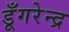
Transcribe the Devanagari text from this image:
डूँगरेन्द्र